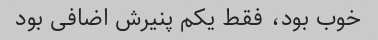
خوب بود، فقط یکم پنیرش اضافی بود